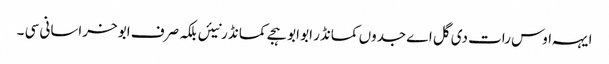
ایہہ اوس رات دی گل اے جدوں کمانڈر ابو ابو ہجے کمانڈ ر نیئں بلکہ صرف ابو خراسانی سی ۔